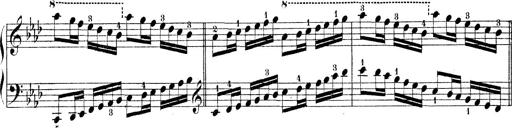
Title: Technische Studien
Composer: Franz Liszt